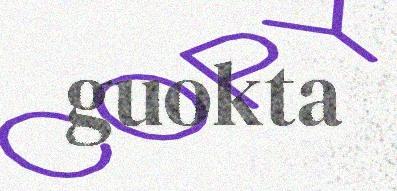
guokta